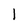
Character: I